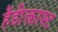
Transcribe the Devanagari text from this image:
हैंडीक्त्राफ्ट